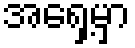
အရှေ့မှာ